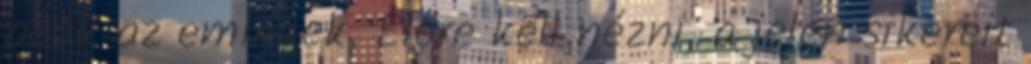
azok az emlékek. Előre kell nézni, a jelen sikereit